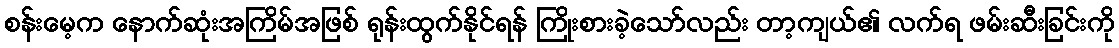
စန်းမေ့က နောက်ဆုံးအကြိမ်အဖြစ် ရုန်းထွက်နိုင်ရန် ကြိုးစားခဲ့သော်လည်း တာ့ကျယ်၏ လက်ရ ဖမ်းဆီးခြင်းကို